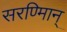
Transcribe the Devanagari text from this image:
सरण्मािन्‌